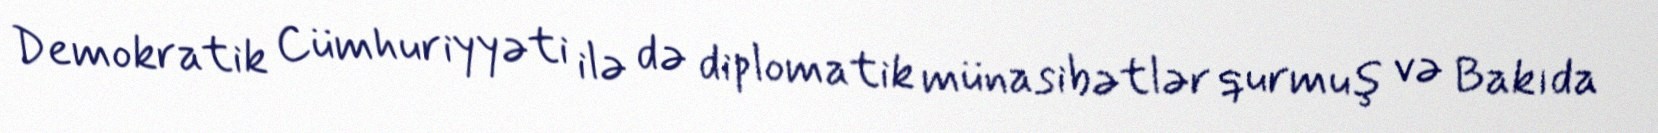
Demokratik Cümhuriyyəti ilə də diplomatik münasibətlər qurmuş və Bakıda